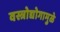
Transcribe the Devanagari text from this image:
वस्त्रोद्योगामुळे